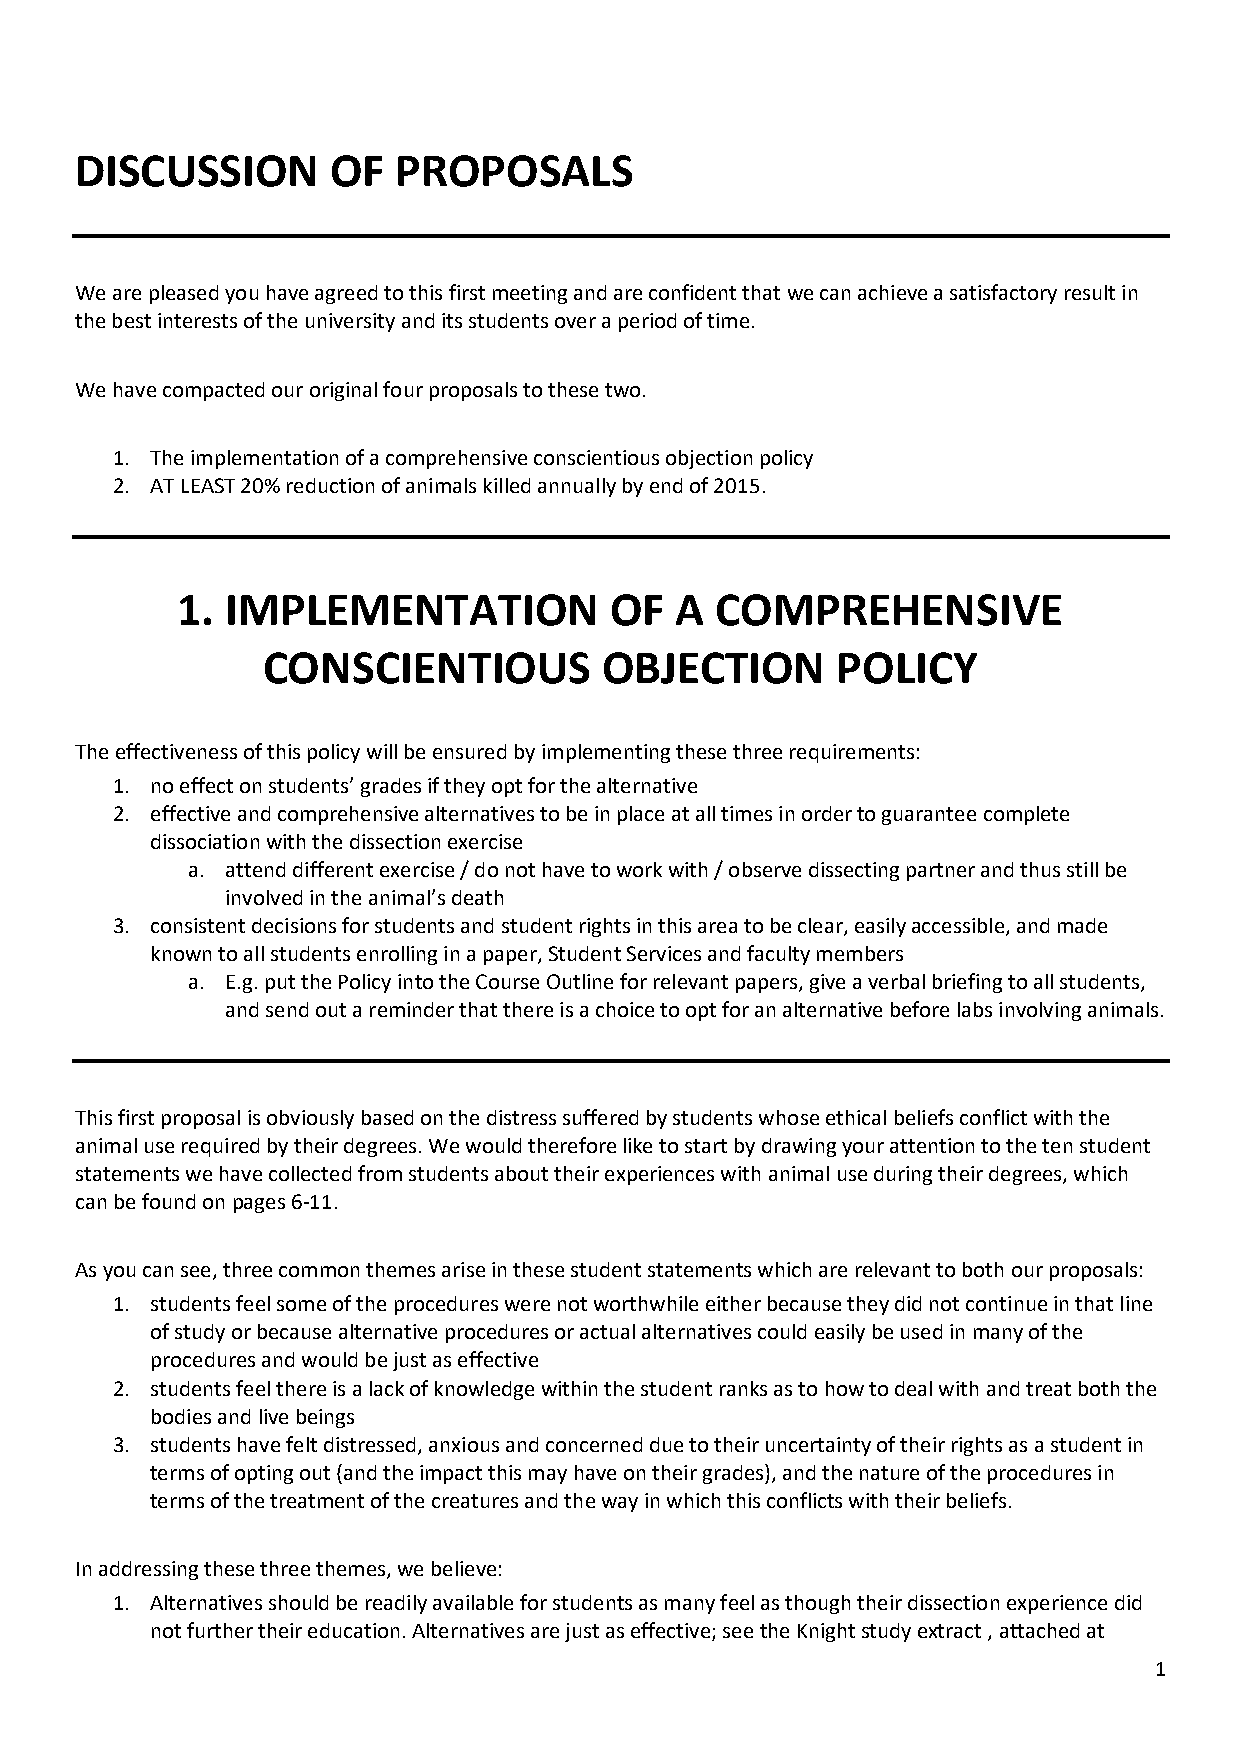
DISCUSSION       OF  PROPOSALS
 We are pleased you have agreed to this first meeting and are confident that we can achieve a satisfactory result in
 the best interests of the university and its students over a period of time.
 We have compacted our original four proposals to these two.
 1. The implementation of a comprehensive conscientious objection policy
 2. AT LEAST 20% reduction of animals killed annually by end of 2015.
 1. IMPLEMENTATION           OF   A COMPREHENSIVE
 CONSCIENTIOUS          OBJECTION      POLICY
 The effectiveness of this policy will be ensured by implementing these three requirements:
 1. no effect on students’ grades if they opt for the alternative
 2. effective and comprehensive alternatives to be in place at all times in order to guarantee complete
 dissociation with the dissection exercise
 a. attend different exercise / do not have to work with / observe dissecting partner and thus still be
 involved in the animal’s death
 3. consistent decisions for students and student rights in this area to be clear, easily accessible, and made
 known to all students enrolling in a paper, Student Services and faculty members
 a. E.g. put the Policy into the Course Outline for relevant papers, give a verbal briefing to all students,
 and send out a reminder that there is a choice to opt for an alternative before labs involving animals.
 This first proposal is obviously based on the distress suffered by students whose ethical beliefs conflict with the
 animal use required by their degrees. We would therefore like to start by drawing your attention to the ten student
 statements we have collected from students about their experiences with animal use during their degrees, which
 can be found on pages 6-11.
 As you can see, three common themes arise in these student statements which are relevant to both our proposals:
 1. students feel some of the procedures were not worthwhile either because they did not continue in that line
 of study or because alternative procedures or actual alternatives could easily be used in many of the
 procedures and would be just as effective
 2. students feel there is a lack of knowledge within the student ranks as to how to deal with and treat both the
 bodies and live beings
 3. students have felt distressed, anxious and concerned due to their uncertainty of their rights as a student in
 terms of opting out (and the impact this may have on their grades), and the nature of the procedures in
 terms of the treatment of the creatures and the way in which this conflicts with their beliefs.
 In addressing these three themes, we believe:
 1. Alternatives should be readily available for students as many feel as though their dissection experience did
 not further their education. Alternatives are just as effective; see the Knight study extract , attached at
 1